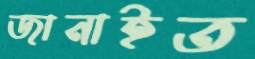
জানাইত